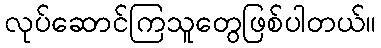
လုပ်ဆောင်ကြသူတွေဖြစ်ပါတယ်။